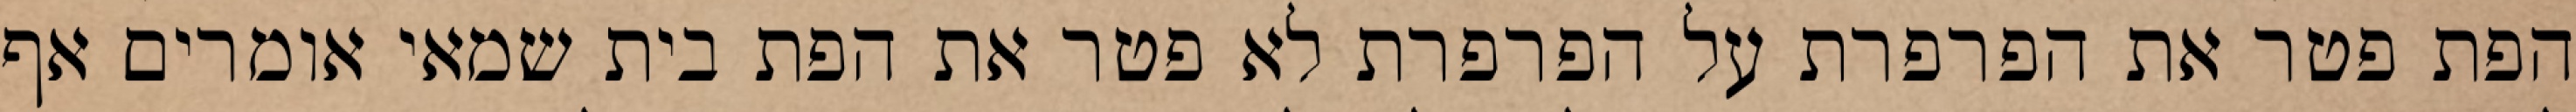
הפת פטר את הפרפרת על הפרפרת לא פטר את הפת בית שמאי אומרים אף